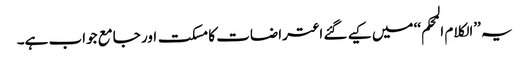
یہ ’’الکلام المحکم‘‘ میں کیے گئے اعتراضات کا مسکت اور جامع جواب ہے۔